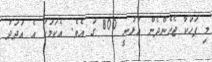
މި ފަހަކާ ޖެހެންދެން އުޅުނީ 800 ގަ އެވެ. އެކަމަކު އެ އަދަދު